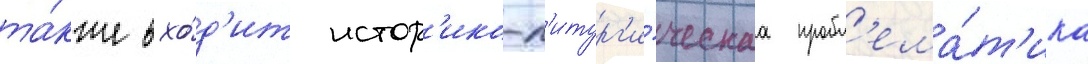
та́кже вхо́д'ит истор'ико-л'итург'и́ческаа пробл'ема́т'ика